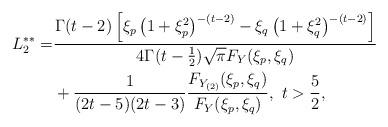
LaTeX: \begin{align*} L_{2}^{\ast\ast}=&\frac{\Gamma(t-2)\left[\xi_{p}\left(1+\xi_{p}^{2}\right)^{-(t-2)}-\xi_{q}\left(1+\xi_{q}^{2}\right)^{-(t-2)}\right]}{4\Gamma(t-\frac{1}{2})\sqrt{\pi}F_{Y}(\xi_{p},\xi_{q})}\\ &+\frac{1}{(2t-5)(2t-3)}\frac{F_{Y_{(2)}}(\xi_{p},\xi_{q})}{F_{Y}(\xi_{p},\xi_{q})},~t>\frac{5}{2},\end{align*}